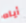
أياه